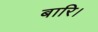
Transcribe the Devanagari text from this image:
बारि।